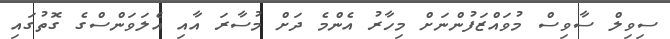
ސިވިލް ސާވިސް މުވައްޒަފުންނަށް މިހާރު އެންމެ ދަށް މުސާރަ އާއި އެލަވަންސްގެ ގޮތުގައި